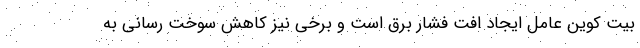
بیت کوین عامل ایجاد افت فشار برق است و برخی نیز کاهش سوخت رسانی به